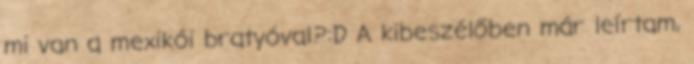
mi van a mexikói bratyóval?:D A kibeszélőben már leírtam,